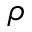
\rho